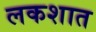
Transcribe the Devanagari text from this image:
लकशात